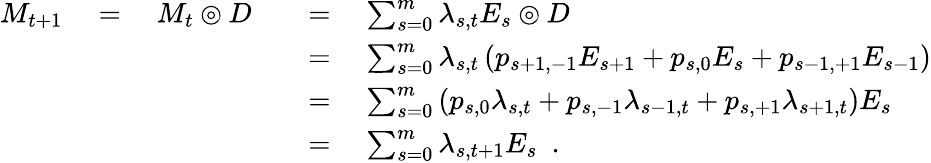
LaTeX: \begin{array}{rl}{M_{t+1}\quad=\quad M_{t}\circledcirc D\quad}&{=\quad\sum_{s=0}^{m}\lambda_{s,t}E_{s}\circledcirc D}\\ &{=\quad\sum_{s=0}^{m}\lambda_{s,t}\left(p_{s+1,-1}E_{s+1}+p_{s,0}E_{s}+p_{s-1,+1}E_{s-1}\right)}\\ &{=\quad\sum_{s=0}^{m}\left(p_{s,0}\lambda_{s,t}+p_{s,-1}\lambda_{s-1,t}+p_{s,+1}\lambda_{s+1,t}\right)E_{s}}\\ &{=\quad\sum_{s=0}^{m}\lambda_{s,t+1}E_{s}\enspace.}\end{array}